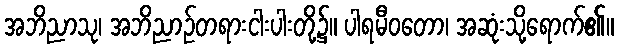
အဘိညာသု၊ အဘိညာဉ်တရားငါးပါးတို့၌။ ပါရမီဝတော၊ အဆုံးသို့ရောက်၏။